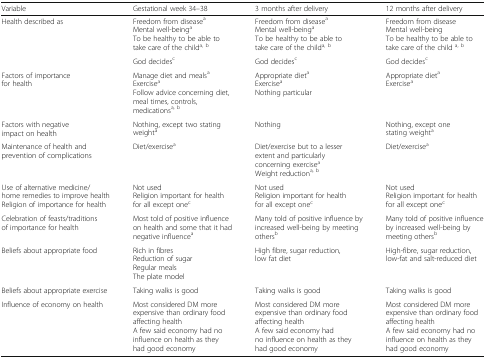
<table><thead><tr><td><b>Variable</b></td><td><b>Gestational week 34–38</b></td><td><b>3 months after delivery</b></td><td><b>12 months after delivery</b></td></tr></thead><tbody><tr><td rowspan="2">Health described as</td><td>Freedom from disease<sup>a</sup>Mental well-being<sup>a</sup>To be healthy to be able to take care of the child<sup>a, b</sup></td><td>Freedom from disease<sup>a</sup>Mental well-being<sup>a</sup>To be healthy to be able to take care of the child<sup>a, b</sup></td><td>Freedom from diseaseMental well-beingTo be healthy to be able to take care of the child <sup>a, b</sup></td></tr><tr><td>God decides<sup>c</sup></td><td>God decides<sup>c</sup></td><td>God decides<sup>c</sup></td></tr><tr><td>Factors of importance for health</td><td>Manage diet and meals<sup>a</sup>Exercise<sup>a</sup>Follow advice concerning diet, meal times, controls, medications<sup>a, b</sup></td><td>Appropriate diet<sup>a</sup>Exercise<sup>a</sup>Nothing particular</td><td>Appropriate diet<sup>a</sup>Exercise<sup>a</sup></td></tr><tr><td>Factors with negative impact on health</td><td>Nothing, except two stating weight<sup>a</sup></td><td>Nothing</td><td>Nothing, except one stating weight<sup>a</sup></td></tr><tr><td>Maintenance of health and prevention of complications</td><td>Diet/exercise<sup>a</sup></td><td>Diet/exercise but to a lesser extent and particularly concerning exercise<sup>a</sup>Weight reduction<sup>a, b</sup></td><td>Diet/exercise<sup>a</sup></td></tr><tr><td>Use of alternative medicine/home remedies to improve healthReligion of importance for health</td><td>Not usedReligion important for health for all except one<sup>c</sup></td><td>Not usedReligion important for health for all except one<sup>c</sup></td><td>Not usedReligion important for health for all except one<sup>c</sup></td></tr><tr><td>Celebration of feasts/traditions of importance for health</td><td>Most told of positive influence on health and some that it had negative influence<sup>a</sup></td><td>Many told of positive influence by increased well-being by meeting others<sup>b</sup></td><td>Many told of positive influence by increased well-being by meeting others<sup>b</sup></td></tr><tr><td>Beliefs about appropriate food</td><td>Rich in fibresReduction of sugarRegular mealsThe plate model</td><td>High fibre, sugar reduction, low fat diet</td><td>High-fibre, sugar reduction, low-fat and salt-reduced diet</td></tr><tr><td>Beliefs about appropriate exercise</td><td>Taking walks is good</td><td>Taking walks is good</td><td>Taking walks is good</td></tr><tr><td>Influence of economy on health</td><td>Most considered DM more expensive than ordinary food affecting healthA few said economy had no influence on health as they had good economy</td><td>Most considered DM more expensive than ordinary food affecting healthA few said economy had no influence on health as they had good economy</td><td>Most considered DM more expensive than ordinary food affecting healthA few said economy had no influence on health as they had good economy</td></tr></tbody></table>